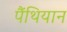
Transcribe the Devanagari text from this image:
पैंथियान